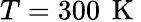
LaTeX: T=300\, \mathrm{~K~}